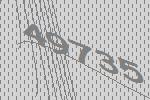
49735